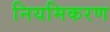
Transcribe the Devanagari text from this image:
नियमिकरण